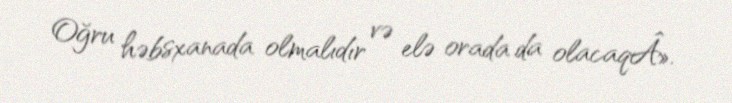
Oğru həbsxanada olmalıdır və elə orada da olacaqÂ».